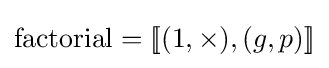
{\text{factorial}}=[\![(1,\times ),(g,p)]\!]